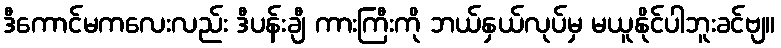
ဒီကောင်မကလေးလည်း ဒီပန်းချီ ကားကြီးကို ဘယ်နှယ်လုပ်မှ မယူနိုင်ပါဘူးခင်ဗျ။